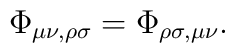
\Phi_{\mu\nu,\rho\sigma}=\Phi_{\rho\sigma,\mu\nu}.